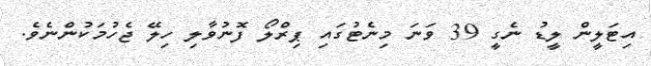
އިޓަލީން ލީޑު ނެގީ 39 ވަނަ މިނެޓުގައި ޕިރްލޯ ފޮނުވާލި ހިލޭ ޖެހުމަކުންނެވެ.